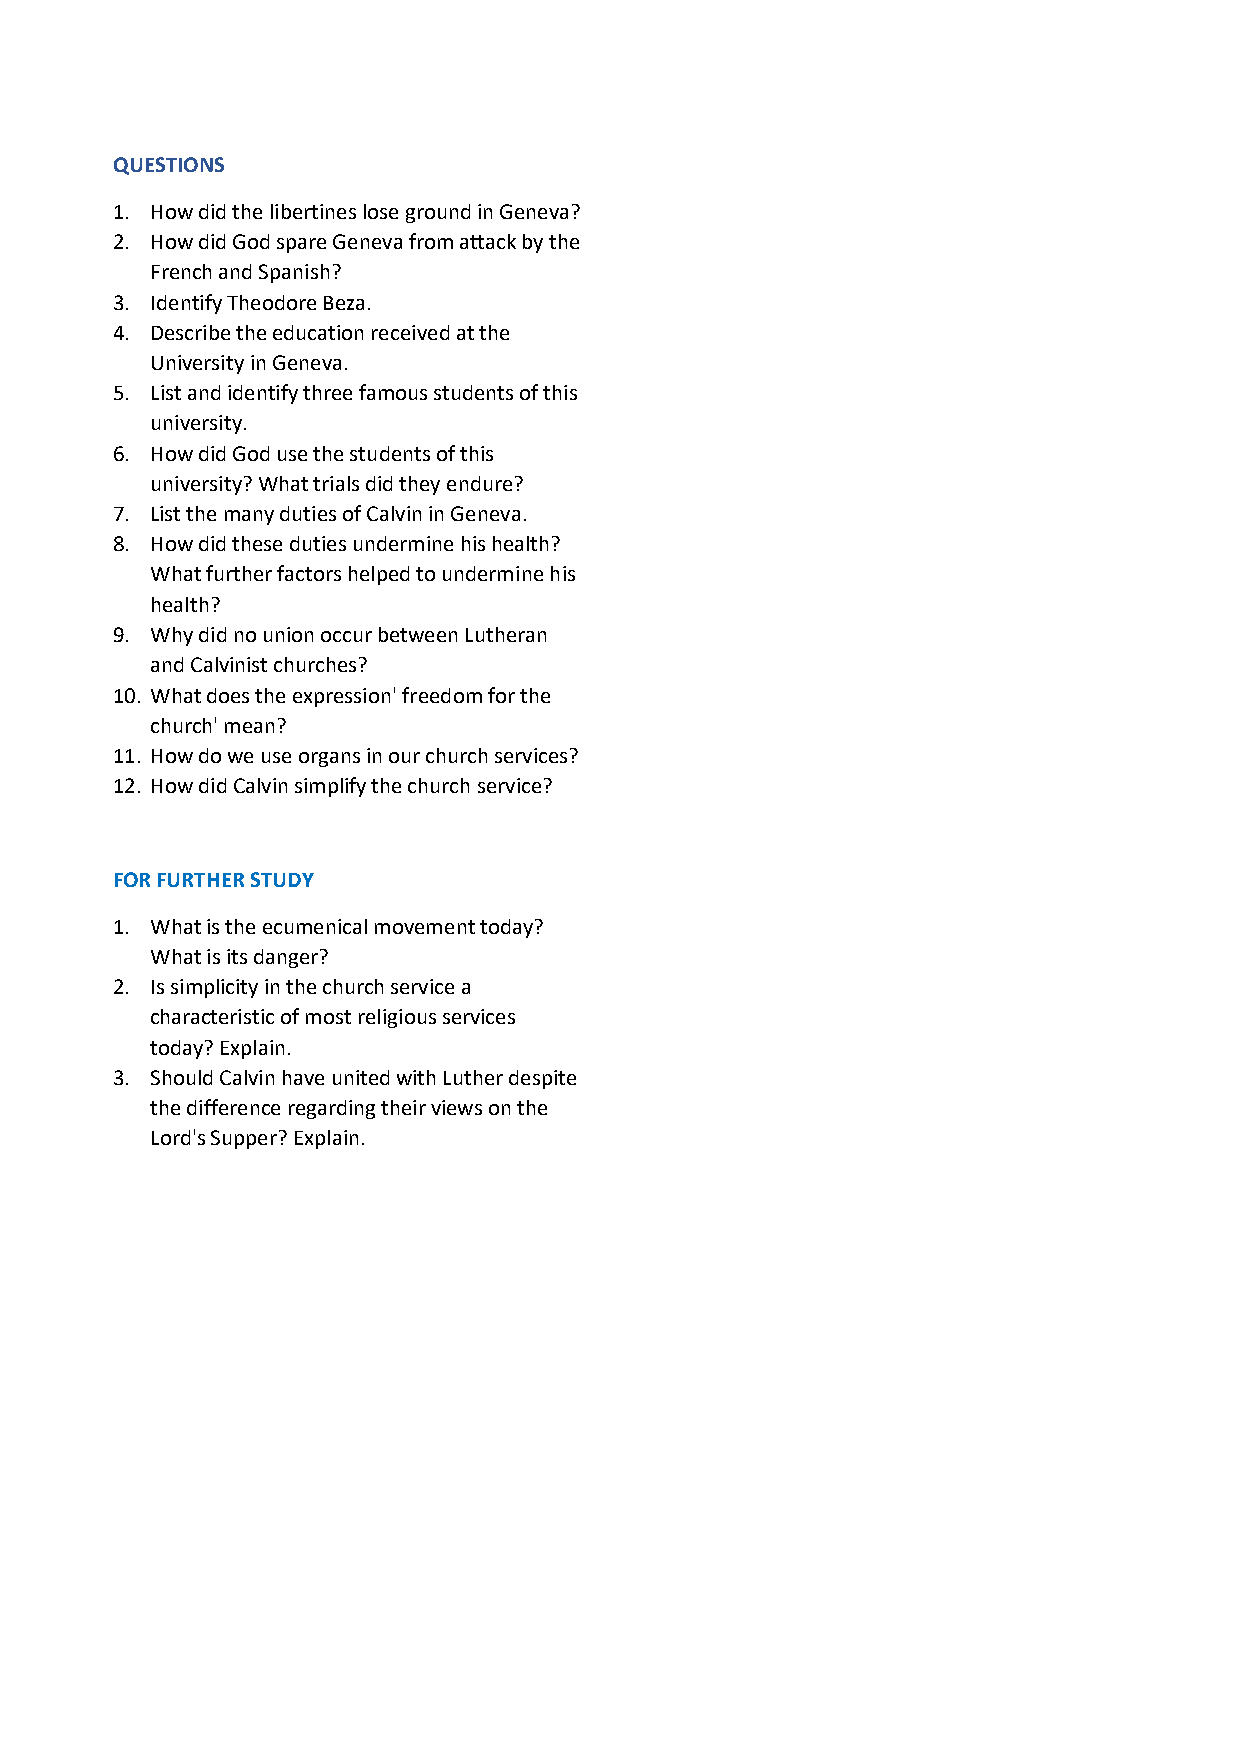
QUESTIONS
 1. How did the libertines lose ground in Geneva?
 2. How did God spare Geneva from attack by the
 French and Spanish?
 3. Identify Theodore Beza.
 4. Describe the education received at the
 University in Geneva.
 5. List and identify three famous students of this
 university.
 6. How did God use the students of this
 university? What trials did they endure?
 7. List the many duties of Calvin in Geneva.
 8. How did these duties undermine his health?
 What further factors helped to undermine his
 health?
 9. Why did no union occur between Lutheran
 and Calvinist churches?
 10. What does the expression' freedom for the
 church' mean?
 11. How do we use organs in our church services?
 12. How did Calvin simplify the church service?
 FOR FURTHER STUDY
 1. What is the ecumenical movement today?
 What is its danger?
 2. Is simplicity in the church service a
 characteristic of most religious services
 today? Explain.
 3. Should Calvin have united with Luther despite
 the difference regarding their views on the
 Lord's Supper? Explain.